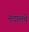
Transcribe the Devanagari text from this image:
नदालचे